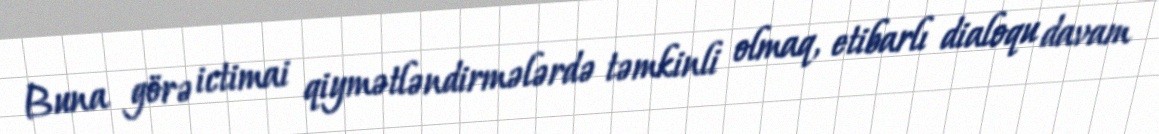
Buna görə ictimai qiymətləndirmələrdə təmkinli olmaq, etibarlı dialoqu davam